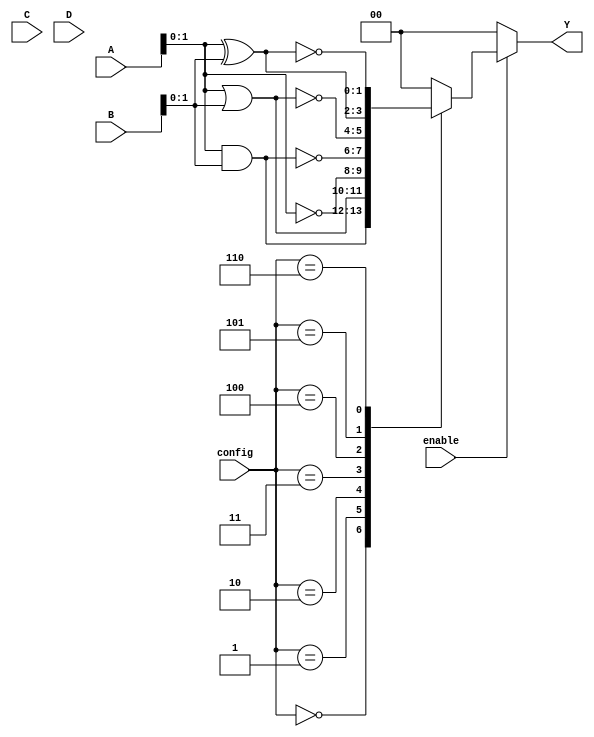
module SRAM_CLB (
    input wire [3:0] A,         // Input signals
    input wire [3:0] B,
    input wire [3:0] C,
    input wire [3:0] D,
    input wire [3:0] config,    // Configuration input for programming logic functions
    input wire enable,           // Enable control
    output reg [1:0] Y           // Output signals
);

// SRAM configuration memory (4 bits for 16 configurations)
reg [3:0] sram [15:0];

// Initialize SRAM with example configuration values (can be changed)
initial begin
    sram[0] = 4'b0000; // AND
    sram[1] = 4'b0001; // OR
    sram[2] = 4'b0010; // NOT A
    sram[3] = 4'b0011; // NAND
    sram[4] = 4'b0100; // NOR
    sram[5] = 4'b0101; // XOR
    sram[6] = 4'b0110; // XNOR
    // Additional configurations can be added as needed
end

always @* begin
    if (enable) begin
        case (config)
            4'b0000: Y = A & B;            // AND
            4'b0001: Y = A | B;            // OR
            4'b0010: Y = ~A;               // NOT A
            4'b0011: Y = ~(A & B);         // NAND
            4'b0100: Y = ~(A | B);         // NOR
            4'b0101: Y = A ^ B;            // XOR
            4'b0110: Y = ~(A ^ B);         // XNOR
            // Add more functionality as needed based on stored SRAM values
            default: Y = 2'b00;             // Default
        endcase
    end else begin
        Y = 2'b00; // Output disabled
    end
end

// Configuration interface to load SRAM values (for simulation purpose)
// In a real design, this would be an external interface synchronizing with the SRAM data loading process

// Testing and debugging features could be added here

endmodule